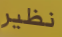
نظير